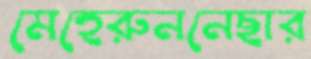
মেহেরুননেছার